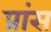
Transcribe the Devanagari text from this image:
प्रांस